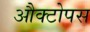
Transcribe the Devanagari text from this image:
औक्टोपस